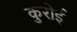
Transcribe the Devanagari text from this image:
कुरोई